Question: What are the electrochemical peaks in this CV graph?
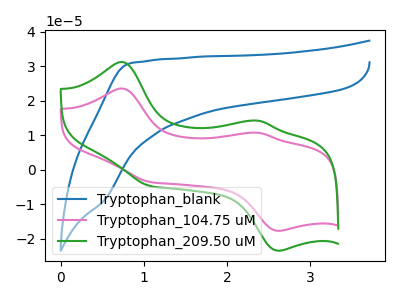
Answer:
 <answer>The blue curve "Tryptophan_blank" has no peaks. The pink curve "Tryptophan_104.75 uM" has anodic peaks at (0.75V, 23.50uA) (2.40V, 10.70uA) and cathodic peaks at (1.10V, -3.55uA) (2.60V, -17.65uA). The green curve "Tryptophan_209.50 uM" has anodic peaks at (0.75V, 31.20uA) (2.40V, 14.20uA) and cathodic peaks at (1.10V, -4.75uA) (2.60V, -23.45uA).</answer>
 <eval></eval>